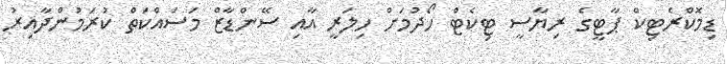
ޑިމޮކްރެޓިކް ޕާޓީގެ ރިޔާސީ ޓިކެޓް ހޯދުމަށް ހިލަރީ އާއި ސޭންޑާޒް މަސައްކަތް ކުރަމުންދާއިރު